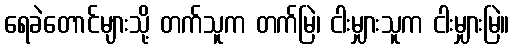
ရေခဲတောင်များသို့ တက်သူက တက်မြဲ၊ ငါးမျှားသူက ငါးမျှားမြဲ။